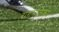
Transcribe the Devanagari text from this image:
रागमलिका